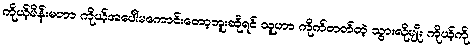
ကိုယ့်မိန်းမဟာ ကိုယ့်အပေါ်မကောင်းတော့ဘူးဆိုရင် သူဟာ ကိုက်တတ်တဲ့ သွားလိုမျိုး ကိုယ့်ကို